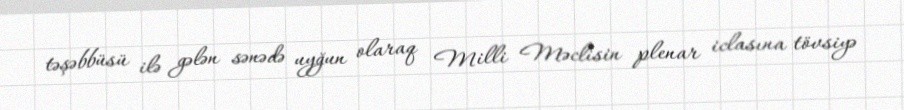
təşəbbüsü ilə gələn sənədə uyğun olaraq Milli Məclisin plenar iclasına tövsiyə